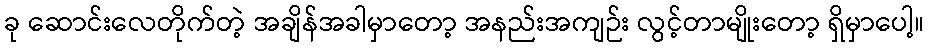
ခု ဆောင်းလေတိုက်တဲ့ အချိန်အခါမှာတော့ အနည်းအကျဉ်း လွင့်တာမျိုးတော့ ရှိမှာပေါ့။